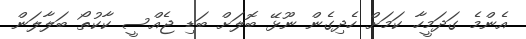
އެންމެ ގަދަމީހާ ކަމަށް ހެދިގެން ނޫޅޭ ބޮލަށް ބަޑި ޖެއްސީ ކާކުތޯ ބަލާލަން